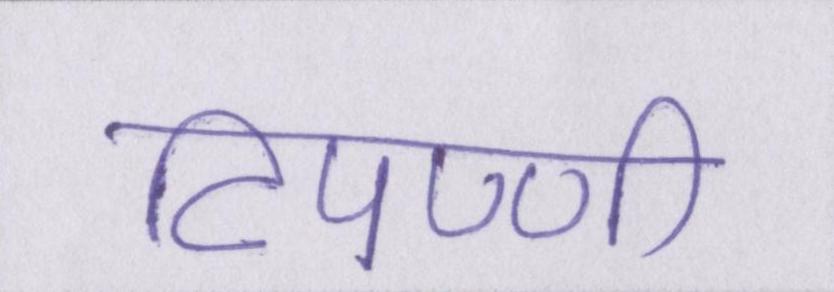
टिपण्णी